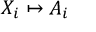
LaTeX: X _ { i } \mapsto A _ { i }